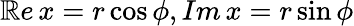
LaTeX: \mathbb{R}e\, x=r\cos\phi,Im\, x=r\sin\phi